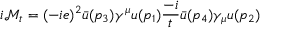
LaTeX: i { \mathcal { M } } _ { t } = ( - i e ) ^ { 2 } { \bar { u } } ( p _ { 3 } ) \gamma ^ { \mu } u ( p _ { 1 } ) { \frac { - i } { t } } { \bar { u } } ( p _ { 4 } ) \gamma _ { \mu } u ( p _ { 2 } )